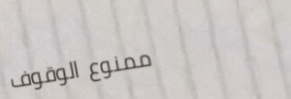
ممنوع الوقوف